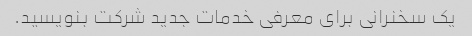
یک سخنرانی برای معرفی خدمات جدید شرکت بنویسید.